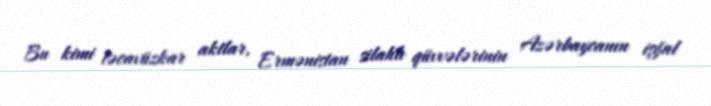
Bu kimi təcavüzkar aktlar, Ermənistan silahlı qüvvələrinin Azərbaycanın işğal